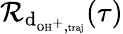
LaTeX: \mathcal{R}_{\textrm{d}_{\textrm{\scriptsize OH}^{+},\textrm{\scriptsize traj}}}(\tau)